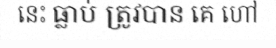
នេះ ធ្លាប់ ត្រូវបាន គេ ហៅ